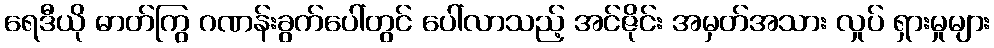
ရေဒီယို ဓာတ်ကြွ ဂဏန်းခွက်ပေါ်တွင် ပေါ်လာသည့် အင်ဇိုင်း အမှတ်အသား လှုပ် ရှားမှုများ